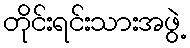
တိုင်းရင်းသားအဖွဲ့